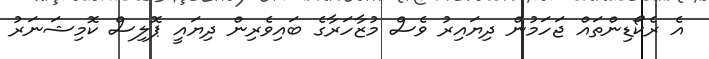
އެ ރެކޯޑިންތައް ޖަހަމުން ދިޔައިރު ވެސް މުޒާހަރާގެ ބައިވެރިން ދިޔައީ ޕޮލިސް ކޮމިޝަނަރު